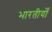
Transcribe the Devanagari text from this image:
भारतीयोँ